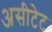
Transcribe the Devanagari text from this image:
असीटेट